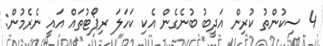
4 ސިކުންތު ކުރިން އަދީބު ބުނެގެން އެކި ކަހަލަ ރިޕޯޓުތައް އައީ ނެރެމުން: